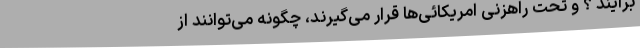
برآیند ؟ و تحت راهزنی امریکائی‌ها قرار می‌گیرند، چگونه می‌توانند از